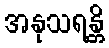
အနုသရန္တိ